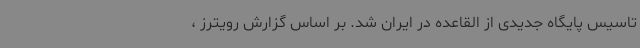
تاسیس پایگاه جدیدی از القاعده در ایران شد. بر اساس گزارش رویترز ،